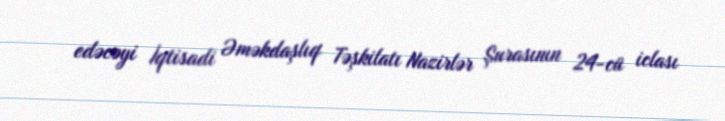
edəcəyi İqtisadi Əməkdaşlıq Təşkilatı Nazirlər Şurasının 24-cü iclası